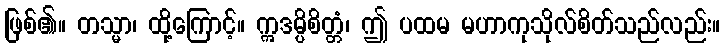
ဖြစ်၏။ တသ္မာ၊ ထို့ကြောင့်။ ဣဒမ္ပိစိတ္တံ၊ ဤ ပထမ မဟာကုသိုလ်စိတ်သည်လည်း။